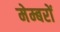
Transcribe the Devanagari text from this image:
मेम्बरों